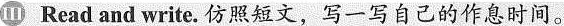
Ⅲ Read and write.仿照短文,写一写自己的作息时间。